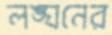
লঙ্ঘনের